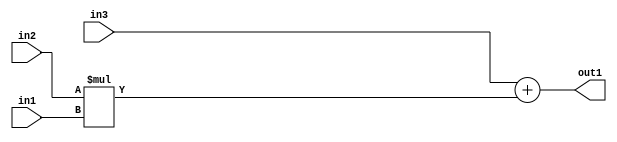
`timescale 1ps / 1ps
/*****************************************************************************
    Verilog RTL Description
    
    
    Created by: Stratus DpOpt 2019.1.01 
*******************************************************************************/

module st_feature_addr_gen_Add2Mul2u8u16u16_4_1 (
	in3,
	in2,
	in1,
	out1
	); /* architecture "behavioural" */ 
input [15:0] in3,
	in2;
input [7:0] in1;
output [15:0] out1;
wire [15:0] asc001;

wire [15:0] asc001_tmp_0;
assign asc001_tmp_0 = 
	+(in3);
assign asc001 = asc001_tmp_0
	+(in2 * in1);

assign out1 = asc001;
endmodule

/* CADENCE  uLHwTAg= : u9/ySgnWtBlWxVPRXgAZ4Og= ** DO NOT EDIT THIS LINE ******/